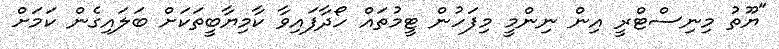
"ޔޫތު މިނިސްޓްރީ އިން ނިންމީ މިފަހުން ޓީމުތައް ހޯދާފައިވާ ކާމިޔާބީތަކަށް ބަލައިގެން ކަމަށް